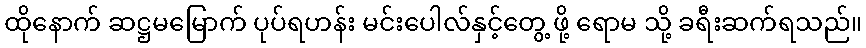
ထိုနောက် ဆဋ္ဌမမြောက် ပုပ်ရဟန်း မင်းပေါလ်နှင့်တွေ့ ဖို့ ရောမ သို့ ခရီးဆက်ရသည်။